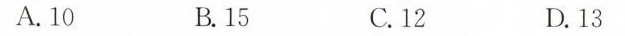
A.10 B.15 C.12 D.13